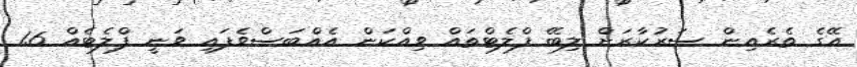
އޭގެ ތެރެއިން ސަރުކާރަށް ލިބޭ ފްލެޓްތައް ވިއްކަން އެއްބަސްވެފައި ވަނީ ފްލެޓެއް 1.6